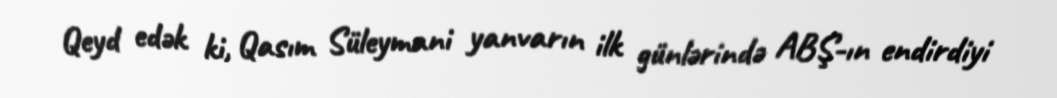
Qeyd edək ki, Qasım Süleymani yanvarın ilk günlərində ABŞ-ın endirdiyi